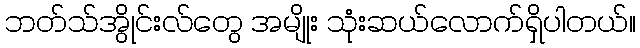
ဘတ်သ်အွိုင်းလ်တွေ အမျိုး သုံးဆယ်လောက်ရှိပါတယ်။